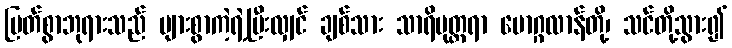
မြတ်စွာဘုရားသည် များစွာကဲ့ရဲ့ပြီးလျှင် ချစ်သား သာရိပုတ္တရာ မောဂ္ဂလာန်တို့၊ သင်တို့သွား၍